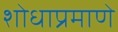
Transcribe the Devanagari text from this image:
शोधाप्रमाणे